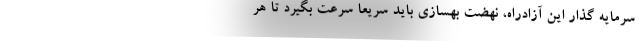
سرمایه گذار این آزادراه، نهضت بهسازی باید سریعاً سرعت بگیرد تا هر